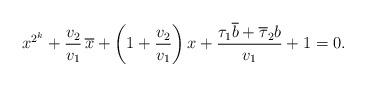
LaTeX: \begin{align*} x^{2^k}+\frac{v_2}{v_1} \, \overline{x}+\left(1+\frac{v_2}{v_1}\right)x+\frac{\tau_{1}\overline{b}+\overline{\tau}_{2}b}{v_{1}} +1=0.\end{align*}